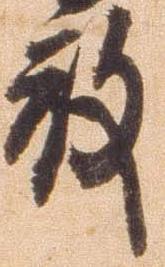
殿